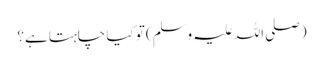
(صلی اللہ علیہ وسلم) تو کیا چاہتا ہے؟